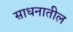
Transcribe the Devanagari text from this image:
साधनातील